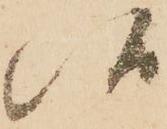
候